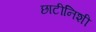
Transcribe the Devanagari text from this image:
छाटीनिशी